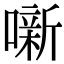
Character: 噺